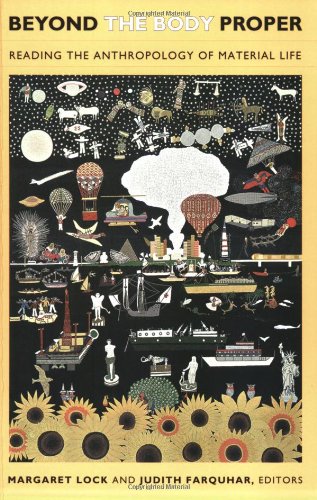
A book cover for Beyond the Body Proper: Reading the Anthropology of Material Life (Body, Commodity, Text); Politics & Social Sciences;